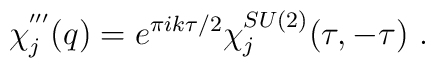
\chi^{'''}_j (q)  = e^{\pi i k \tau /2 } \chi^{SU(2)}_j (\tau,-\tau) ~.